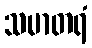
သမာတရံ